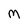
Character: M